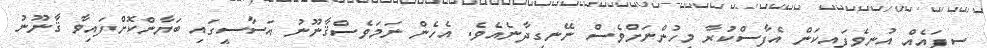
ސިފައެއް އުނިވެފައިކަން އެފާސްކުރާ މީހުންނަށްވެސް ނޭނގިދާނެއެވެ. އެހެން ނަމަވެސްޤާނޫނު އަސާސީގައި ބަޔާންކޮށްފައިވާ ޤާނޫނު